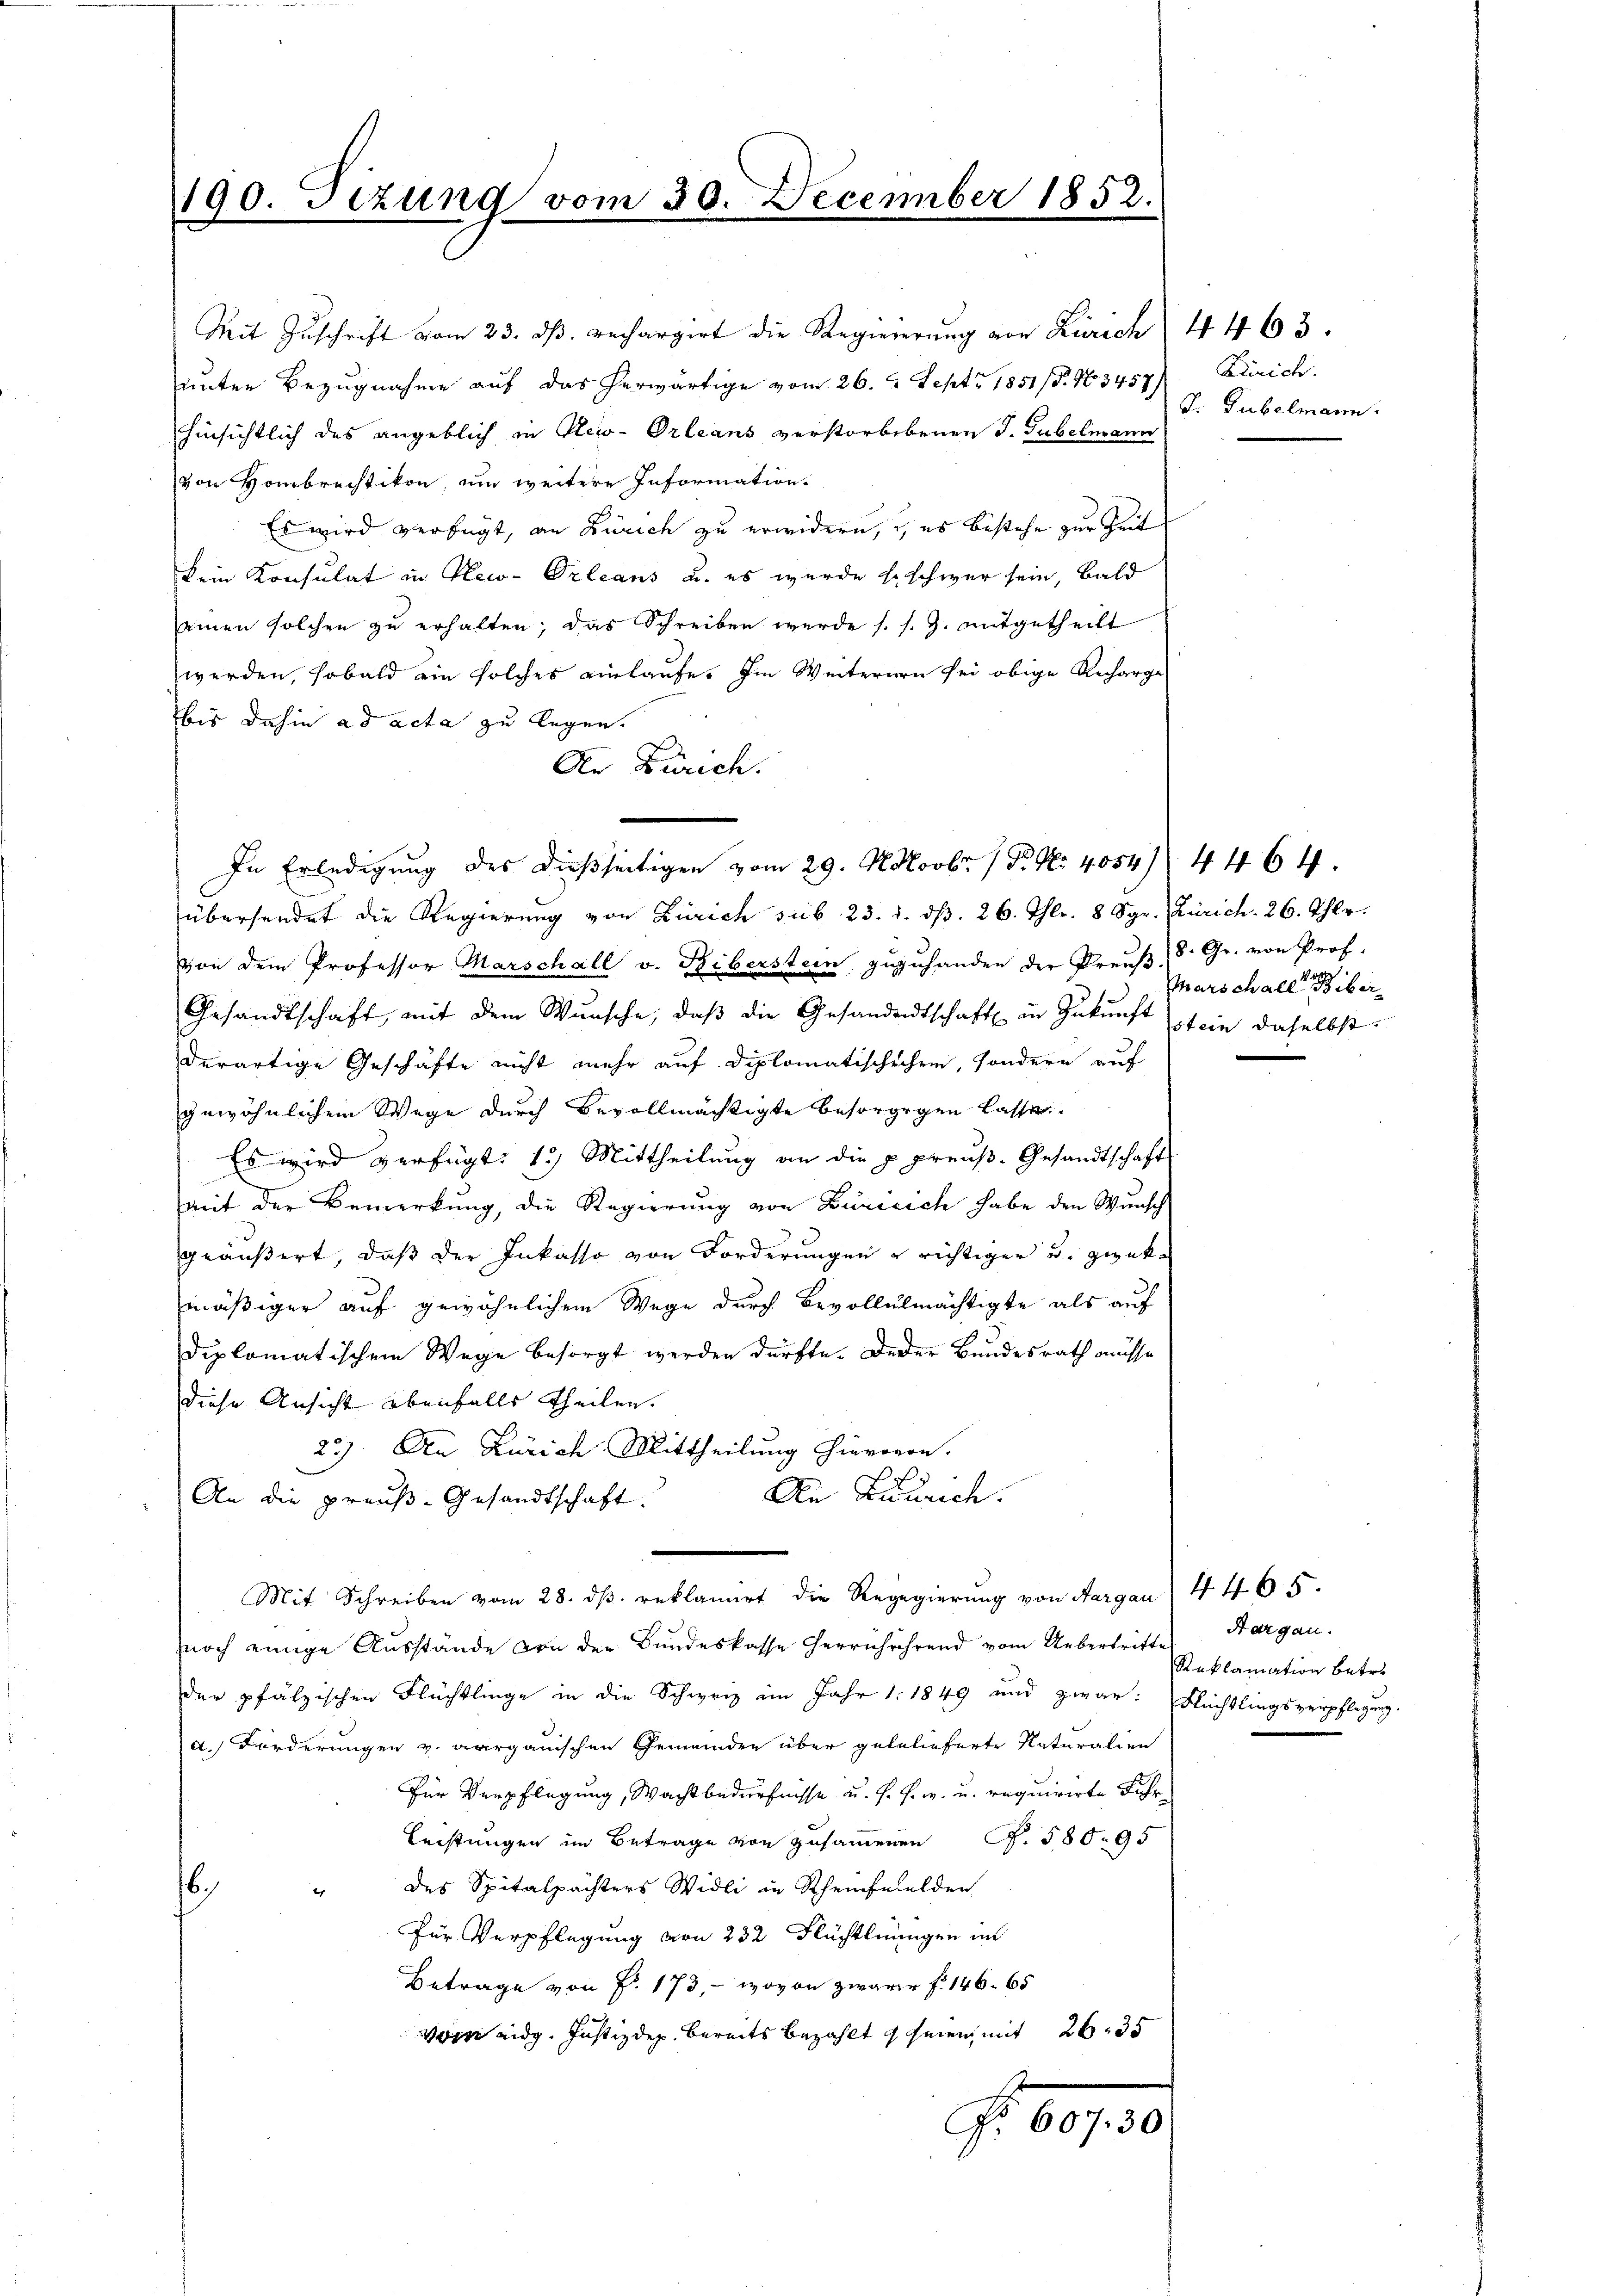
190. Tizung vom 30. December 185.

Mit Zuschrift vom 23. ds. rechargirt die Regiererung von Zürich 4 463.
unter Bezugnahme auf das herwärtige vom 26. Sept. 1851/B. 43457) Zürich.
hinsichtlich des angeblich in New-Orleans verstorbebenen J. Gubelmann
von Hombrechtikon um weitere Information.
Es wird verfügt, an Zürich zu erwidern, es bestehe zur Zeit
kein Konsulat in Plew-Orleans u. es wurde so schwer sein, bald
einen solchen zu erhalten; das Schreiben werde s. s. Z. mitgetheilt
werden, sobald ein solches einlaufe. Im Weiternern sei obige Recharge
bis dahin ad acta zu legen.
Dr Zürich.
übersendet die Regierung von Zürich sub 23. d. d. 26. Thlr. 8 Sgr. Zürich. 26. Ahlr.
von dem Professor Marschall v. Biberstein zuzuhanden der Preuß. S. Gr. von Prof.
Gesandtschaft, mit dem Wunsche, daβ die Gesandentschaft in Zŭkŭnft stein daselbst.
derartige Geschäfte nicht mehr auf Diplomatischechen, sondern auf
gewöhnlichem Wege durch Bevollmächtigte besorgegen lasse
Es wird verfügt: 1.) Mittheilung an die p. preuß. Gesandtschafts
mit der Bemerkung, die Regierung von Züricich habe den Wunsch
geäußert, daß der Inkasso von Forderungen u richtigen u. gezekmäßiger auf gewöhnlichem Wege durch Bevollulmächtigte als auf
diplomatischem Wege besorgt werden dürfte. Derer Bundesrath müsse
diese Ansicht ebenfalls theilen.
23) An Zürich Mittheilung hievoron.
An Laurich.
An die preuß. Gesandtschaft.
Mit Schreiben vom 28. dβ. reklamirt die Regegierŭng von Aargau 4465.
noch einige Ausstände von der Bundeskasse herrührehrend vom Uebertritte
der pfälzischen Flüchtlinge in die Schweiz im Jahr 1. 1849 und zwar: Flüchtlingsverpflegung.
d. Forderungen v. Aargauischen Gemeinden über gelelieferte Naturalien
Für Verpflegung, Wacht bedürfnisse u. s. f. w. u. requirirte Fuhr¬
Leistungen im Betrage von zusammenen S. 580. 95
des Spitalpächters Widli in Scheinfelden
.
Für Verpflegung von 232 Flüchtlnungen in
Betrage von Fr. 173, wovon zwarr f. 146. 65
vorn eidg. Justizdep. bereits bezahlt seien, mit 2635
f

In Erledigung des dießseitigen vom 29. N. Novbr. 1 P. Nr. 4054. 4464.

J. Gubelmann.

Marschaller Biber

Aargau.
Reklamation betr.